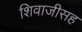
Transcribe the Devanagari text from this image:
शिवाजीसह